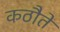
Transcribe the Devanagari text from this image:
कठौते